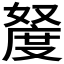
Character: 𫱩